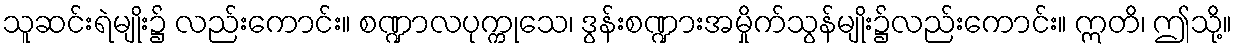
သူဆင်းရဲမျိုး၌ လည်းကောင်း။ စဏ္ဍာလပုက္ကုသေ၊ ဒွန်းစဏ္ဍားအမှိုက်သွန်မျိုး၌လည်းကောင်း။ ဣတိ၊ ဤသို့။